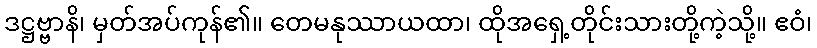
ဒဋ္ဌဗ္ဗာနိ၊ မှတ်အပ်ကုန်၏။ တေမနုဿာယထာ၊ ထိုအရှေ့တိုင်းသားတို့ကဲ့သို့။ ဧဝံ၊